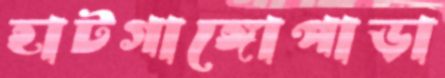
হাটগাঙ্গোপাড়া